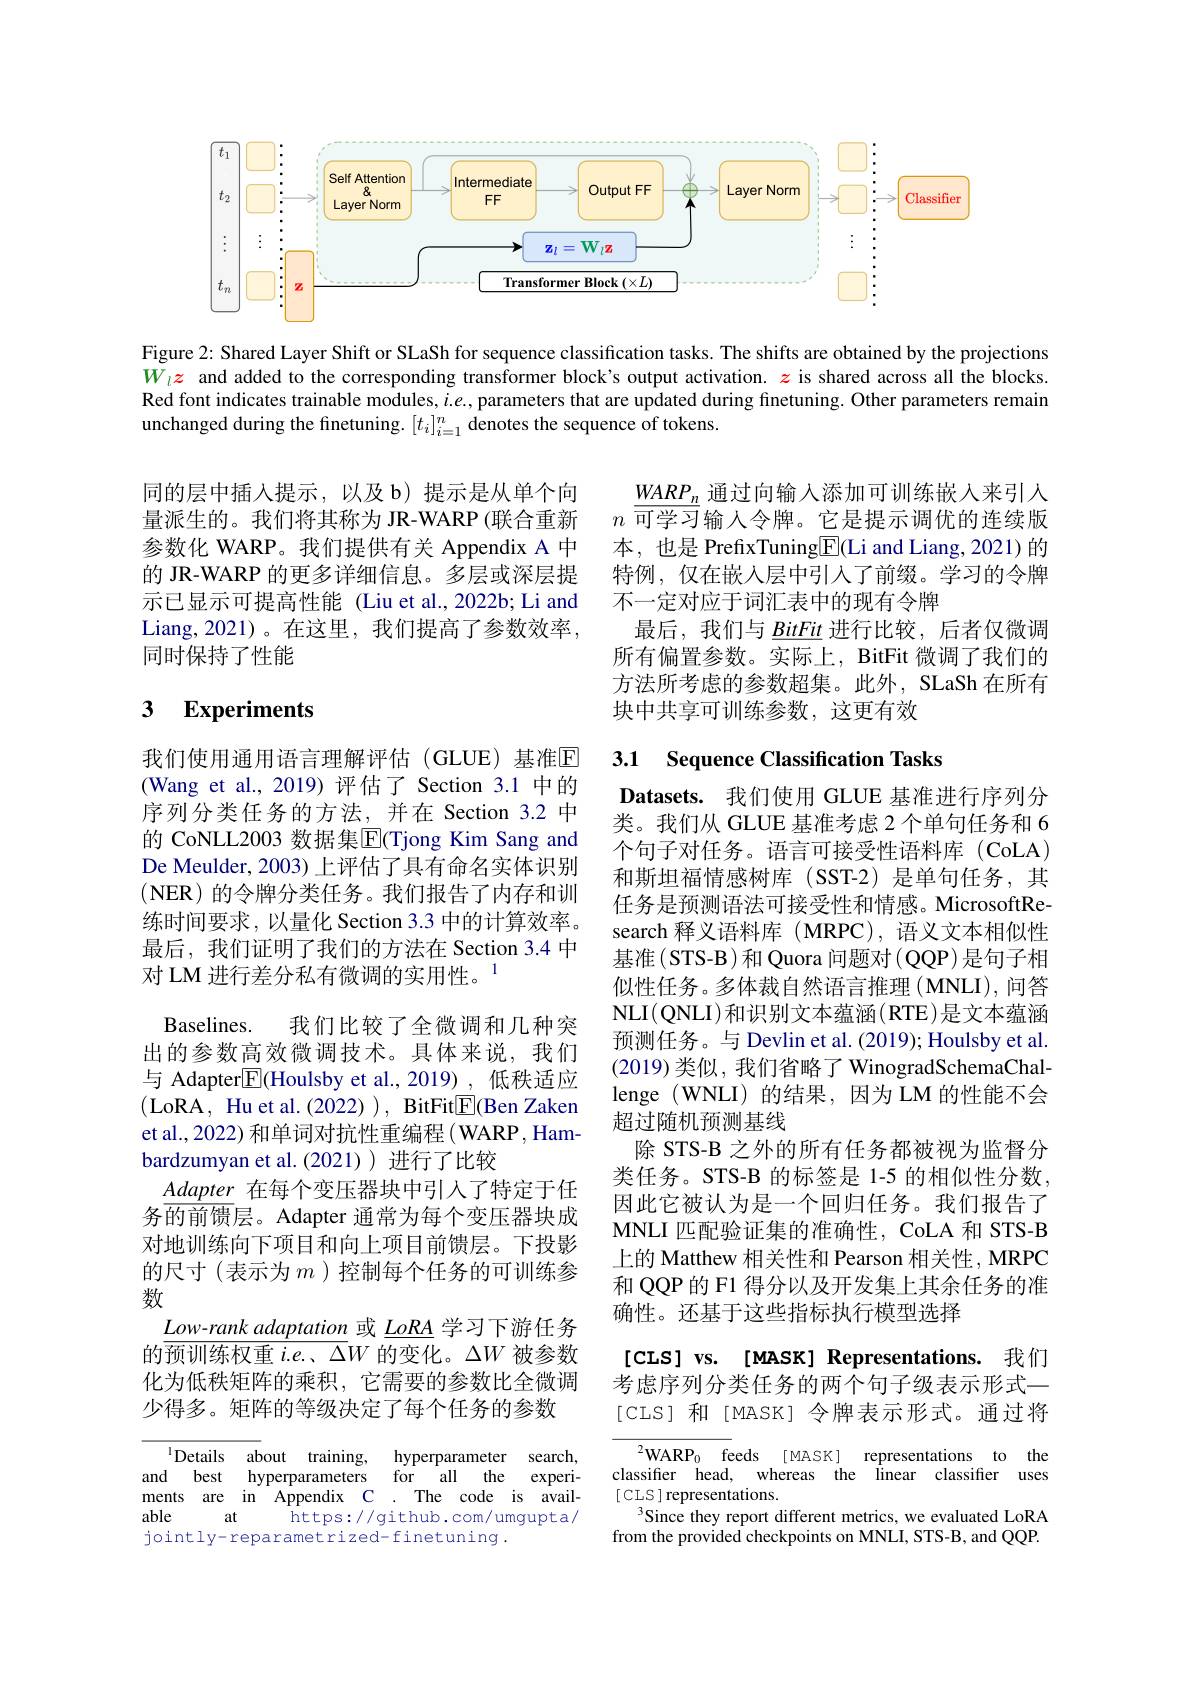
<FigureHere>

Figure 2: Shared Layer Shift or SLaSh for sequence classification tasks. The shiffs are obtained by the projections $W_l\boldsymbol{z}$ and added to the corresponding transformer block's output activation. $z$ is shared across all the blocks Red font indicates trainable modules, $i.e.$, parameters that are updated during finetuning. Other parameters remain unchanged during the finetuning. $[t_i]_{i=1}^n$ denotes the sequence of tokens.

同的层中插人提示，以及 b)提示是从单个向量派生的。我们将其称为 JR-WARP (联合重新参数化 WARP。我们提供有关 Appendix A 中的 JR-WARP 的更多详细信息。多层或深层提示已显示可提高性能 (Liu et al.,2022b; Li and Liang,2021)。在这里，我们提高了参数效率， 同时保持了性能

# 3 Experiments

我们使用通用语言理解评估(GLUE)基准$\mathbb{E}$ (Wang et al.,2019)评估了 Section 3.1 中的序列分类任务的方法，并在 Section 3.2 中的 CoNLL2003 数据集$\operatorname{E}($Tjong Kim Sang and De Meulder, 2003) 上评估了具有命名实体识别(NER)的令牌分类任务。我们报告了内存和训练时间要求，以量化 Section 3.3 中的计算效率。最后，我们证明了我们的方法在 Section 3.4 中对 LM 进行差分私有微调的实用性。$^{1}$
Baselines. 我们比较了全微调和几种突出的参数高效微调技术。具体来说，我们与 Adapter$\boxed{\mathrm{E}}($Houlsby et al.,2019) ,低秩适应(LoRA, Hu et al.(2022) ), BitFit$\underline{\mathrm{E}}($Ben Zaken et al., 2022) 和单词对抗性重编程 ( WARP, Hambardzumyan et al.(2021))进行了比较
Adapter在每个变压器块中引入了特定于任务$\overline{\text{的前馈层。Adapter 通常为每个变压器块成}}$ 对地训练向下项目和向上项目前馈层。下投影的尺寸(表示为$m$ )控制每个任务的可训练参数
$Low-rank$ adaptation 或$\underline LoRA$学习下游任务的预训练权重$i.e.$、$\Delta W$的变化。$\Delta W$被参数化为低秩矩阵的乘积，它需要的参数比全微调少得多。矩阵的等级决定了每个任务的参数

$^{1}$Details about training, hyperparameter search, and best hyperparameters for all the experiments are in Appendix C. The code is available
at
https://github.com/umgupta/
jointly-reparametrized-finetuning.

$\underline{WARP_n}$通过向输入添加可训练嵌入来引人$n$可学习输入令牌。它是提示调优的连续版本，也是 PrefixTuning$\boxed{\mathrm{F}}($Li and Liang,2021)的特例，仅在嵌入层中引入了前缀。学习的令牌不一定对应于词汇表中的现有令牌
最后，我们与$\underline\textit{BitFit}$进行比较，后者仅微调所有偏置参数。实际上，BitFit 微调了我们的方法所考虑的参数超集。此外，SLaSh 在所有块中共享可训练参数，这更有效

# 3.1 Sequence Classification Tasks

Datasets. 我们使用 GLUE 基准进行序列分类。我们从 GLUE 基准考虑 2 个单句任务和 6个句子对任务。语言可接受性语料库(CoLA) 和斯坦福情感树库(SST-2)是单句任务，其任务是预测语法可接受性和情感。MicrosoftResearch 释义语料库(MRPC), 语义文本相似性基准(STS-B)和 Quora 问题对(QQP)是句子相似性任务。多体裁自然语言推理(MNLI),问答NLI( QNLI) 和识别文本蕴涵(RTE)是文本蕴涵预测任务。与 Devlin et al. (2019); Houlsby et al (2019)类似，我们省略了 WinogradSchemaChallenge (WNLI)的结果，因为 LM 的性能不会超过随机预测基线
除 STS-B 之外的所有任务都被视为监督分类任务。STS-B 的标签是 1-5 的相似性分数因此它被认为是一个回归任务。我们报告了MNLI 匹配验证集的准确性，CoLA 和 STS-B 上的 Matthew 相关性和 Pearson 相关性，MRPC 和 QQP 的 F1 得分以及开发集上其余任务的准确性。还基于这些指标执行模型选择

我们

[cis] vs. [MASK] Representations.

考虑序列分类任务的两个句子级表示形式一[CLS] 和[MASK] 令牌表示形式。通过将

$^{2}$WARP$_0$ feeds [MASK] representations to the classifier head, whereas the linear classifier uses [ CLS ] representations.
Since they report different metrics, we evaluated LoRA from the provided checkpoints on MNLI, STS-B, and QQP.